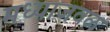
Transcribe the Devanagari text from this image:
मध्याजवळ